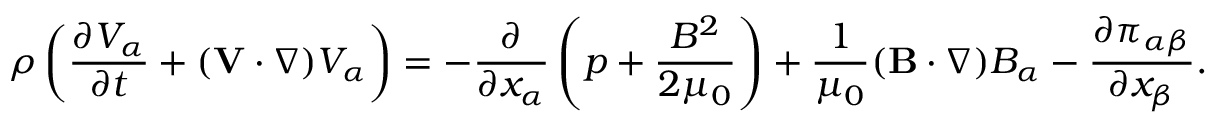
\rho \left( \frac { \partial V _ { \alpha } } { \partial t } + ( \mathbf { V } \cdot \nabla ) V _ { \alpha } \right) = - \frac { \partial } { \partial x _ { \alpha } } \left( p + \frac { B ^ { 2 } } { 2 \mu _ { 0 } } \right) + \frac { 1 } { \mu _ { 0 } } ( \mathbf { B } \cdot \nabla ) B _ { \alpha } - \frac { \partial \pi _ { \alpha \beta } } { \partial x _ { \beta } } .